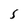
Character: 5